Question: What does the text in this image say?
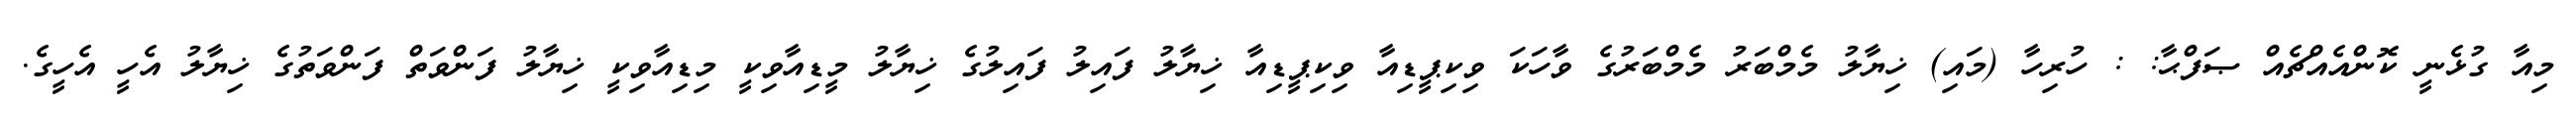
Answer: މިއާ ގުޅެނީ ކޮންއެއްޗެއް ޞަފްޙާ: : ހުރިހާ (މައި) ޚިޔާލު މެމްބަރު މެމްބަރުގެ ވާހަކަ ވިކިޕީޑިއާ ވިކިޕީޑިއާ ޚިޔާލު ފައިލު ފައިލުގެ ޚިޔާލު މީޑިއާވިކީ މިޑިއާވިކީ ޚިޔާލު ފަންވަތް ފަންވަތުގެ ޚިޔާލު އެހީ އެހީގެ.